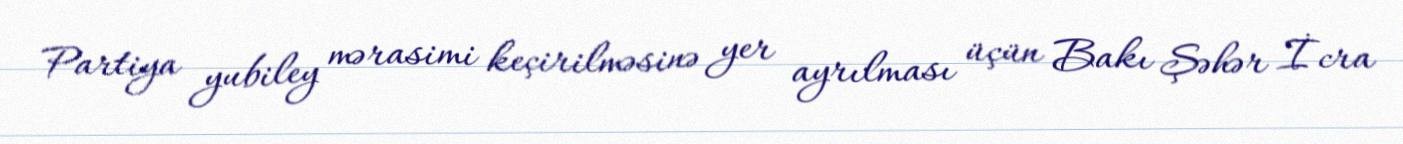
Partiya yubiley mərasimi keçirilməsinə yer ayrılması üçün Bakı Şəhər İcra